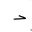
Letter: _dal